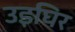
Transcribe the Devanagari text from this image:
उइघिर